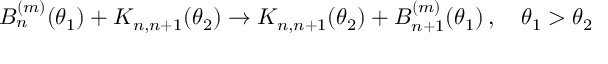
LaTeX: B _ { n } ^ { ( m ) } ( \theta _ { 1 } ) + K _ { n , n + 1 } ( \theta _ { 2 } ) \to K _ { n , n + 1 } ( \theta _ { 2 } ) + B _ { n + 1 } ^ { ( m ) } ( \theta _ { 1 } ) \, , \quad \theta _ { 1 } > \theta _ { 2 }